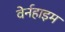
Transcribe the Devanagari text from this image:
वेर्नहाइम